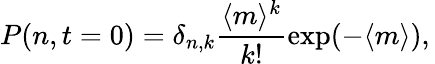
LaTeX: P(n,t=0)=\delta_{n,k}\frac{\langle m\rangle^{k}}{k!}\exp(-\langle m\rangle),\,